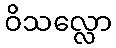
ဝိသလ္လော